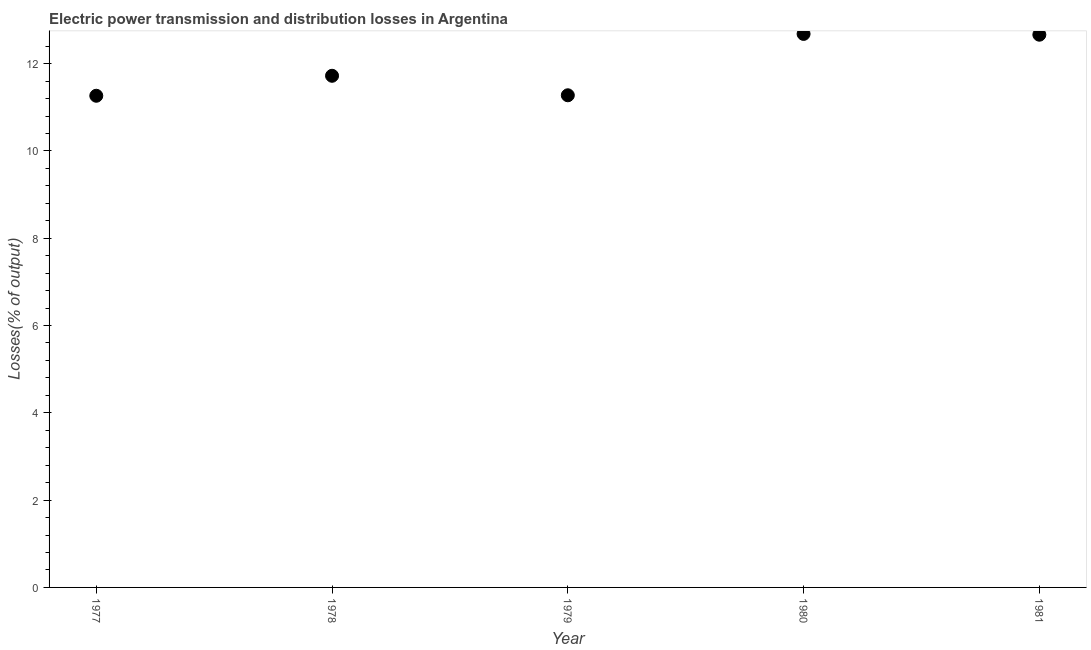
| Year | Electric power transmission and distribution losses |
 | --- | --- |
 | 1977 | 11.3 |
 | 1978 | 11.7 |
 | 1979 | 11.3 |
 | 1980 | 12.7 |
 | 1981 | 12.7 |